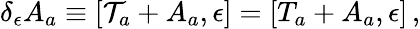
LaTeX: \delta_{\epsilon}A_{a}\equiv[{\cal T}_{a}+A_{a},\epsilon]=[T_{a}+A_{a},\epsilon]\, ,